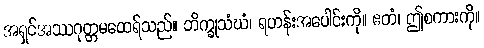
အရှင်အဿဂုတ္တမထေရ်သည်။ ဘိက္ခုသံဃံ၊ ရဟန်းအပေါင်းကို။ ဧတံ၊ ဤစကားကို။